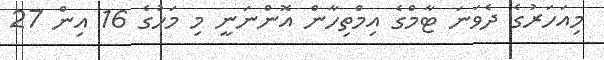
މިއަހަރުގެ ދެވަނަ ޓާމްގެ އިމްތިހާން އޮންނަނީ މި މަހުގެ 16 އިން 27